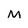
Character: M